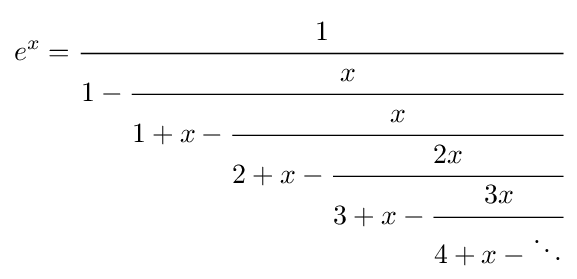
e^{x}={\cfrac {1}{1-{\cfrac {x}{1+x-{\cfrac {x}{2+x-{\cfrac {2x}{3+x-{\cfrac {3x}{4+x-\ddots }}}}}}}}}}